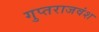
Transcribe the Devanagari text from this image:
गुप्तराजवंश